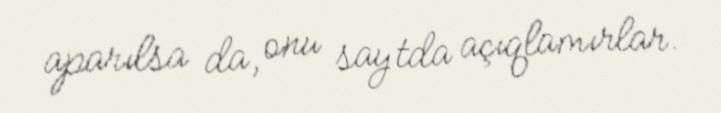
aparılsa da, onu saytda açıqlamırlar.